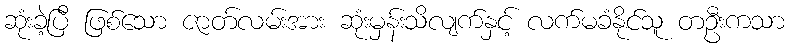
ဆုံးခဲ့ပြီ ဖြစ်သော ဇာတ်လမ်းအား ဆုံးမှန်းသိလျက်နှင့် လက်မခံနိုင်သူ တဦးကသာ